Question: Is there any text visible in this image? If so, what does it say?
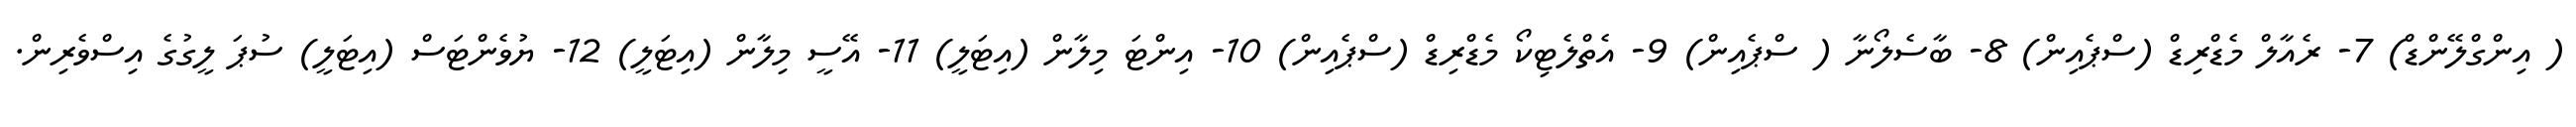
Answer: ( އިންގްލޭންޑް) 7- ރެއާލް މެޑްރިޑް (ސްޕެއިން) 8- ބާސެލޯނާ ( ސްޕެއިން) 9- އެތްލެޓިކޯ މެޑްރިޑް (ސްޕެއިން) 10- އިންޓަ މިލާން (އިޓަލީ) 11- އޭސީ މިލާން (އިޓަލީ) 12- ޔުވެންޓަސް (އިޓަލީ) ސުޕަ ލީގުގެ އިސްވެރިން.